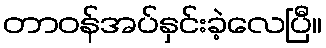
တာဝန်အပ်နှင်းခဲ့လေပြီ။